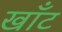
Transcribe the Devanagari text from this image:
खाँट